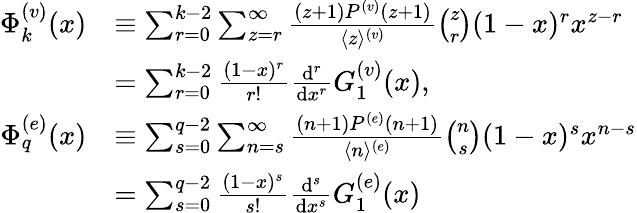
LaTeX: \begin{array}{rl}{\Phi_{k}^{(v)}(x)}&{\equiv\sum_{r=0}^{k-2}\sum_{z=r}^{\infty}{\frac{(z+1)P^{(v)}(z+1)}{\langle z\rangle^{(v)}}}\binom{z}{r}(1-x)^{r}x^{z-r}}\\ &{=\sum_{r=0}^{k-2}{\frac{(1-x)^{r}}{r!}}{\frac{\mathrm{d}^{r}}{\mathrm{d}x^{r}}}G_{1}^{(v)}(x),}\\ {\Phi_{q}^{(e)}(x)}&{\equiv\sum_{s=0}^{q-2}\sum_{n=s}^{\infty}{\frac{(n+1)P^{(e)}(n+1)}{\langle n\rangle^{(e)}}}\binom{n}{s}(1-x)^{s}x^{n-s}}\\ &{=\sum_{s=0}^{q-2}{\frac{(1-x)^{s}}{s!}}{\frac{\mathrm{d}^{s}}{\mathrm{d}x^{s}}}G_{1}^{(e)}(x)}\end{array}